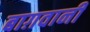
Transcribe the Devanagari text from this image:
बाग़वानी